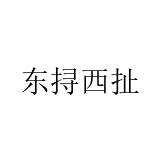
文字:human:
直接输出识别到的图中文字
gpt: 东挦西扯